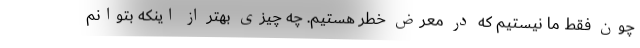
چون فقط ما نیستیم که در معرض خطر هستیم. چه چیزی بهتر از اینکه بتوانم